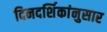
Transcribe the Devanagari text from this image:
दिनदर्शिकांनुसार